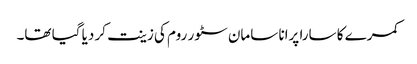
کمرے کا سارا پرانا سامان سٹور روم کی زینت کر دیا گیا تھا۔